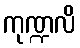
ကုဏ္ဍလိ